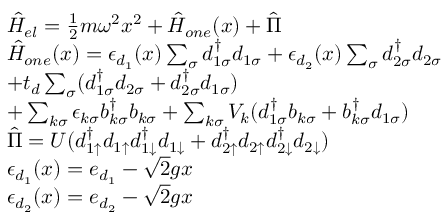
\begin{array} { r l } & { \hat { H } _ { e l } = \frac { 1 } { 2 } m \omega ^ { 2 } x ^ { 2 } + \hat { H } _ { o n e } ( x ) + \hat { \Pi } } \\ & { \hat { H } _ { o n e } ( x ) = \epsilon _ { d _ { 1 } } ( x ) \sum _ { \sigma } d _ { 1 \sigma } ^ { \dagger } d _ { 1 \sigma } + \epsilon _ { d _ { 2 } } ( x ) \sum _ { \sigma } d _ { 2 \sigma } ^ { \dagger } d _ { 2 \sigma } } \\ & { + t _ { d } \sum _ { \sigma } ( d _ { 1 \sigma } ^ { \dagger } d _ { 2 \sigma } + d _ { 2 \sigma } ^ { \dagger } d _ { 1 \sigma } ) } \\ & { + \sum _ { k \sigma } \epsilon _ { k \sigma } b _ { k \sigma } ^ { \dagger } b _ { k \sigma } + \sum _ { k \sigma } V _ { k } ( d _ { 1 \sigma } ^ { \dagger } b _ { k \sigma } + b _ { k \sigma } ^ { \dagger } d _ { 1 \sigma } ) } \\ & { \hat { \Pi } = U ( d _ { 1 \uparrow } ^ { \dagger } d _ { 1 \uparrow } d _ { 1 \downarrow } ^ { \dagger } d _ { 1 \downarrow } + d _ { 2 \uparrow } ^ { \dagger } d _ { 2 \uparrow } d _ { 2 \downarrow } ^ { \dagger } d _ { 2 \downarrow } ) } \\ & { \epsilon _ { d _ { 1 } } ( x ) = e _ { d _ { 1 } } - \sqrt { 2 } g x } \\ & { \epsilon _ { d _ { 2 } } ( x ) = e _ { d _ { 2 } } - \sqrt { 2 } g x } \end{array}